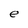
Character: e